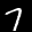
Label: 7